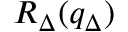
R _ { \Delta } ( q _ { \Delta } )